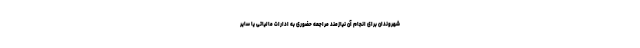
شهروندان برای انجام آن نیازمند مراجعه حضوری به ادارات مالیاتی یا سایر